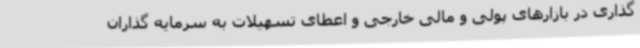
گذاری در بازارهای پولی و مالی خارجی و اعطای تسهیلات به سرمایه گذاران